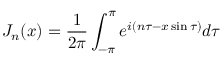
{ \cal J } _ { n } ( x ) = \frac { 1 } { 2 \pi } \int _ { - \pi } ^ { \pi } e ^ { i ( n \tau - x \sin \tau ) } d \tau